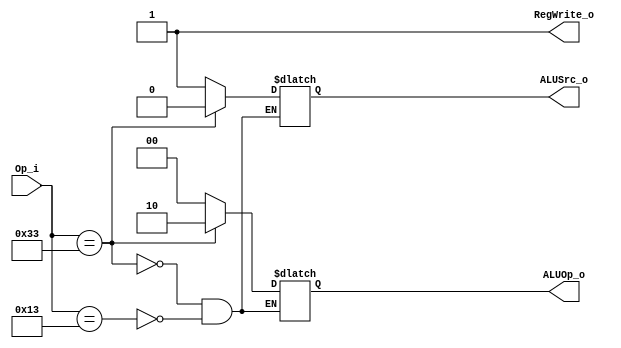
`define R_TYPE 7'b0110011
`define I_TYPE 7'b0010011

module Control (
    Op_i,
    ALUOp_o,
    ALUSrc_o,
    RegWrite_o
);

	input  [6:0] Op_i;
	output [1:0] ALUOp_o;
	output       ALUSrc_o;
	output       RegWrite_o;

	reg [1:0]    ALUOp_o;
	reg          ALUSrc_o;
	reg          RegWrite_o;

	always @(Op_i) begin
		if (Op_i == `R_TYPE) begin
			ALUOp_o <= 2'b10;
			ALUSrc_o <= 1'b0;
		end
		else if (Op_i == `I_TYPE) begin
			ALUOp_o <= 2'b00;
			ALUSrc_o <= 1'b1;
		end
		
		RegWrite_o <= 1'b1;
	end

endmodule